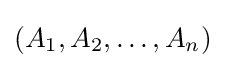
(A_{1},A_{2},\dots ,A_{n})